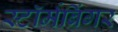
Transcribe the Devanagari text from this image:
स्टॉर्मब्रिंगर